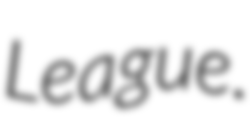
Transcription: League.